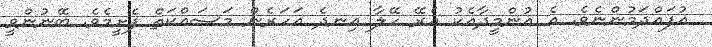
އުފައްދަމުންނެވެ. އެ އުންމީދާއެކު އެރޭ ހޭލާ އިނދެ އަހަރެން މަސައްކަތް ފެށީމެވެ. ބޭނުންވީ